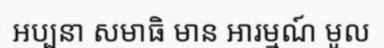
អប្បនា សមាធិ មាន អារម្មណ៍ មូល